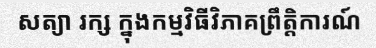
សត្យា រក្ស ក្នុងកម្មវិធីវិភាគព្រឹត្តិការណ៍